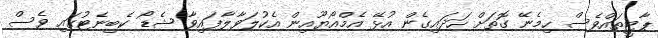
ޕާޓީތައްވެސް ހިމެނޭ ގޮތަށް ހަދައިގެން އުޅޭ އެމްއޯޔޫއިން އެކުލަވާލާފައިވާ ޝެޑޯ ކެބިނެޓުގައި ވެސް